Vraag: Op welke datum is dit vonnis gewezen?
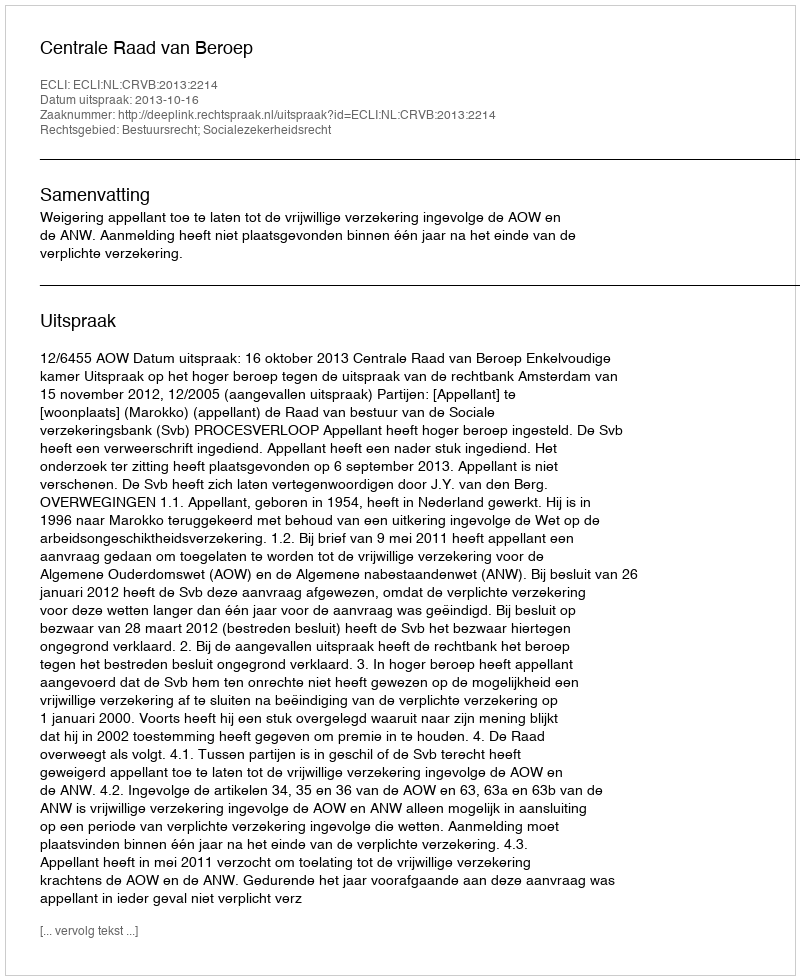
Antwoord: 2013-10-16